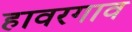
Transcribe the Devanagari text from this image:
हावरगाव